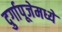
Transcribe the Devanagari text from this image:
दुर्गापूजेमध्ये